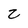
Character: z